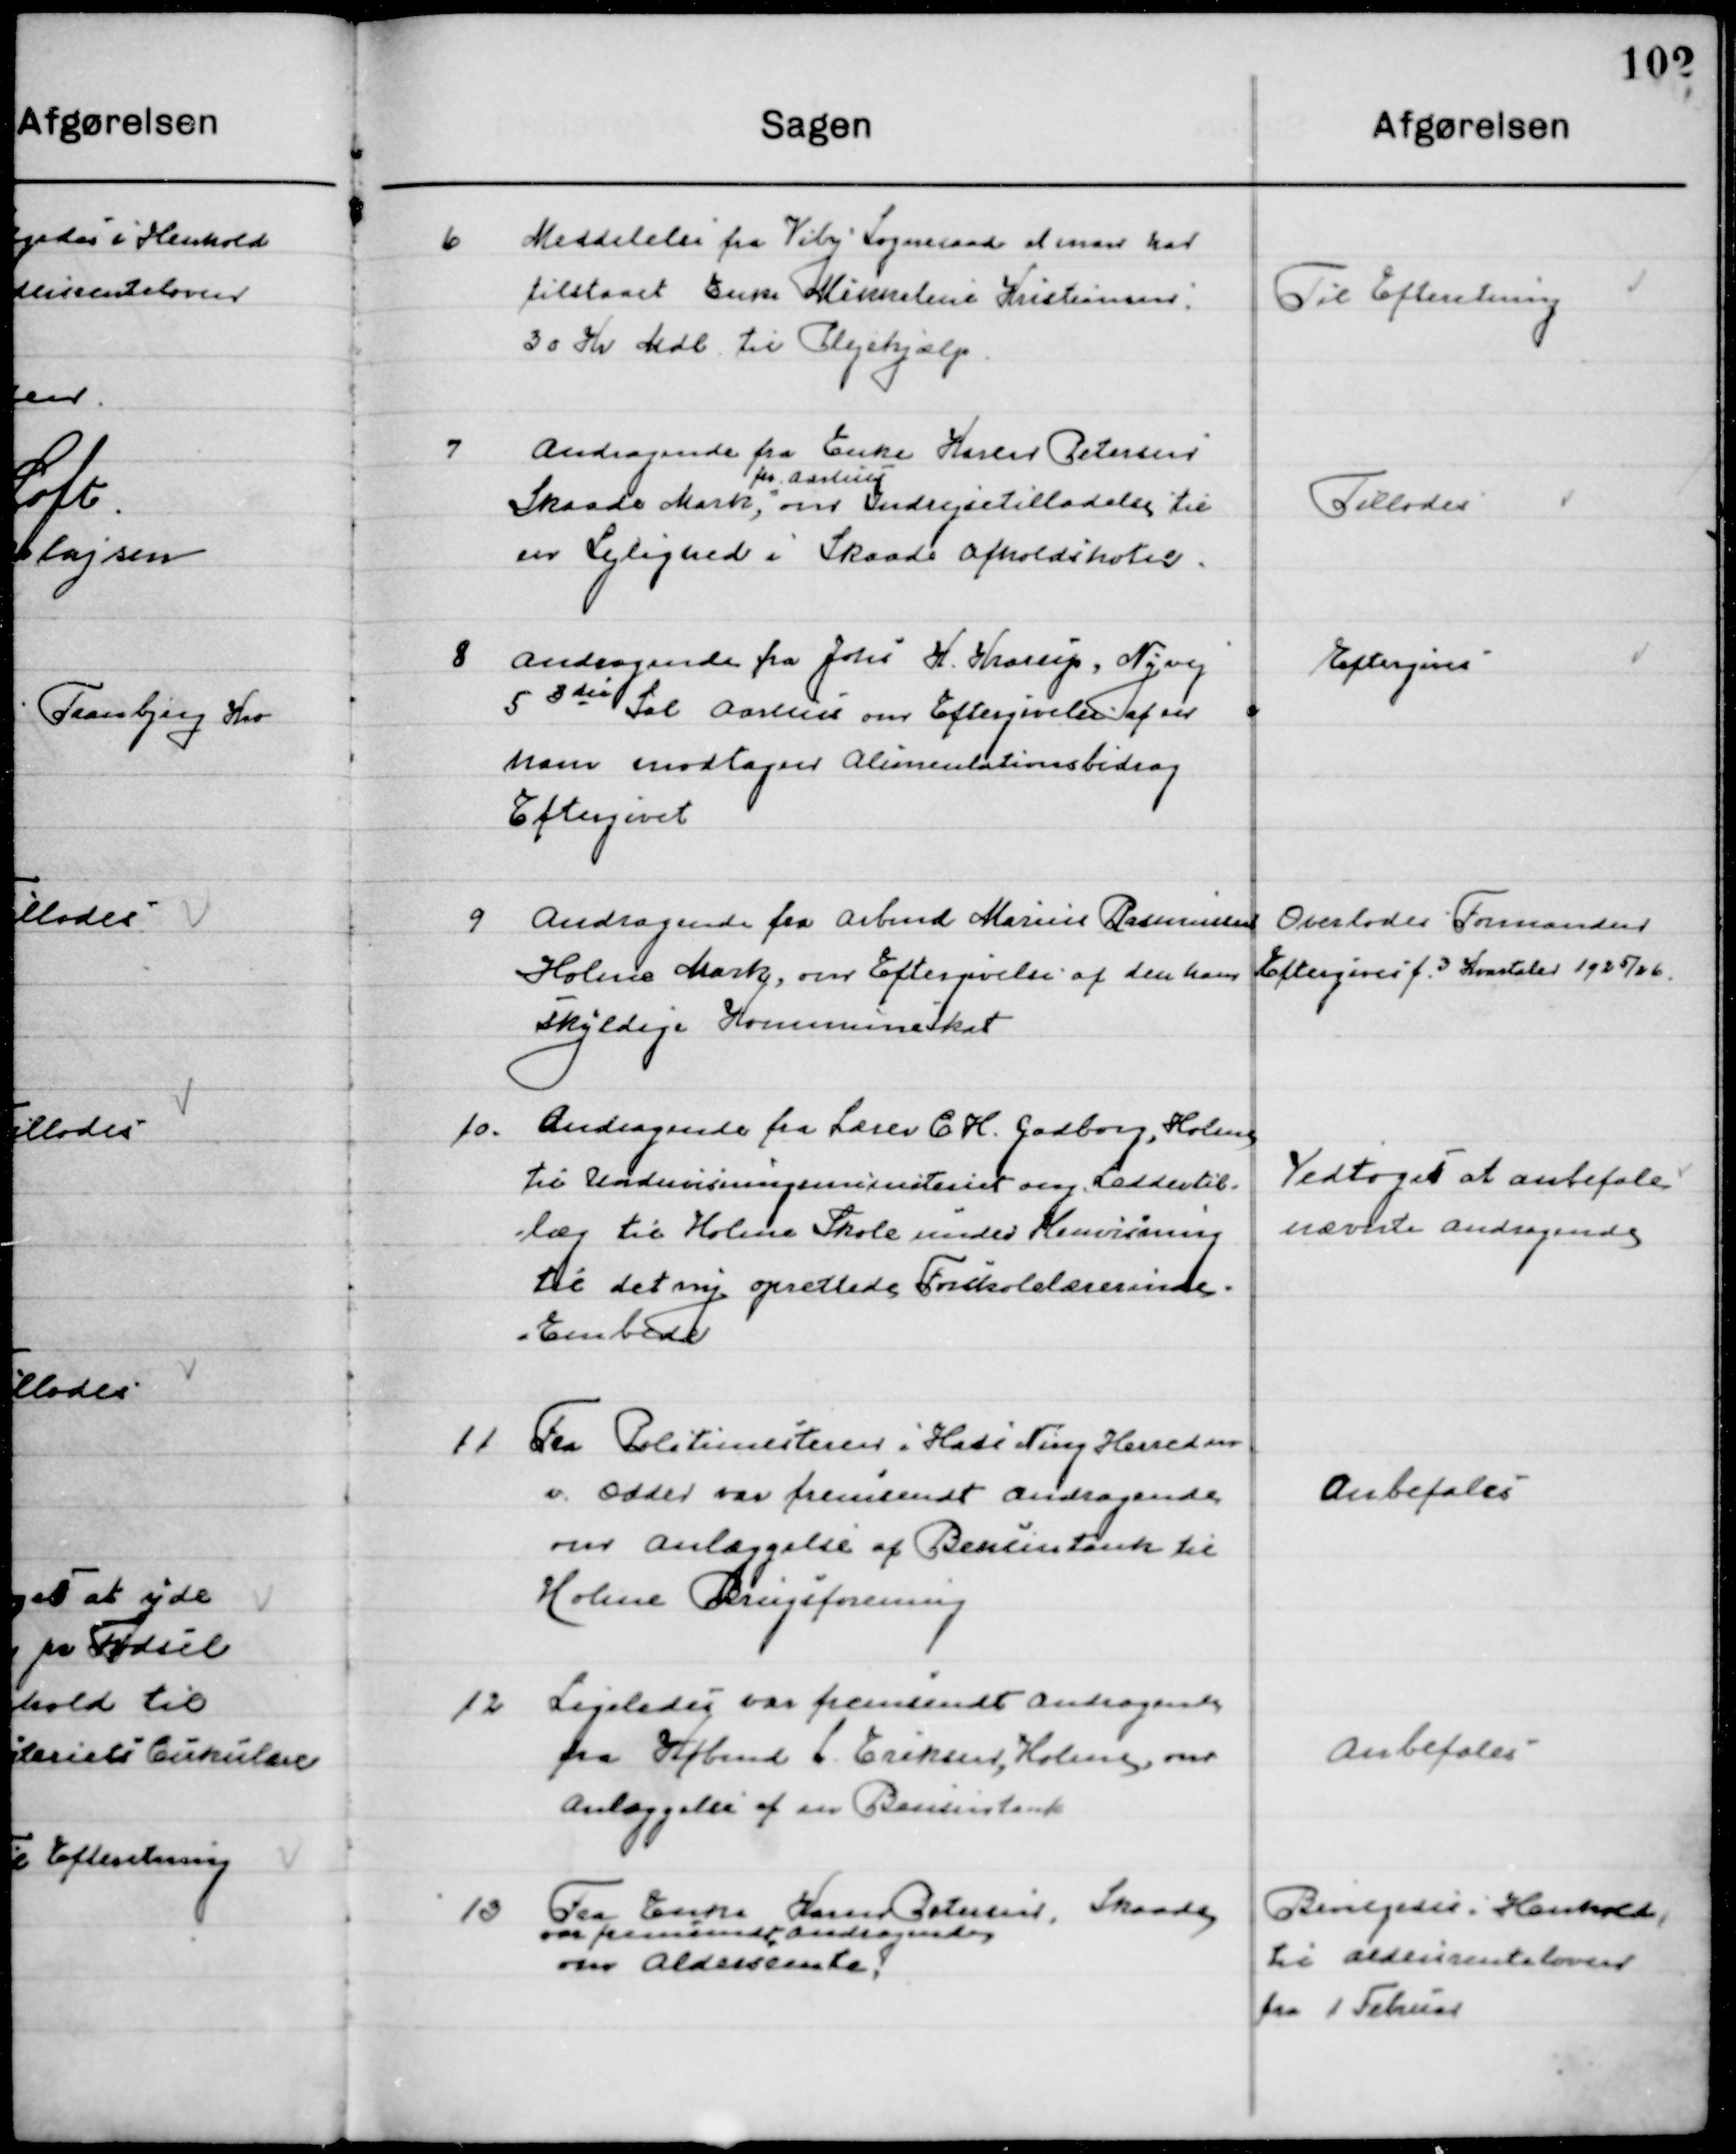
Transskription:
6

Meddelelse fra Viby Sogneraad at man har
tilstaaet Enke Mikkeline Kristiansen
30 Kr. Mdl. til Plejehjælp.

Til Efterretning

7

Andragende fra Enke Karen Petersen
Skaade Mark  
fra Aarhus
om Indrejsetilladelse til
en Lejlighed i Skaade Afholdshotel.

Tillodes

8

Andragende fra Johs. H. Kaarup, Nyvej
5 3die til Aarhus om Eftergivelse af en 
hans modtagen Alimentationsbidrag 
Eftergivet.

Eftergives

9

Andragende fra Arbmd. Marius Rasmussen
Holme Mark, om Eftergivelse af den hans 
Skyldige Kommuneskat.

Overlodes Formanden  
Eftergives f. 3 Kvartaler 1925/26

10

Andragende fra Lærer C. H. Godborg, Holme
til Undervisningsministeriet ang. Leddertil-
læg til Holme Skole under Henvisning 
til det ny oprettede Forskolelærerinde- 
Embedet.

Vedtoges at anbefale
Nævnte Andragende

11

Fra Politimesteren i Hads Ning Herreders
I Odder var fremsendt Andragende
om Anlæggelse af Benzintank til
Holme Brugsforening

Anbefales

12

Ligeledes var fremsendt Andragende
fra Købmand L. Eriksen, Holme, om
Anlæggelse af en Benzintank

Anbefales

13

Fra Enke Karen Petersen, Skaade
var fremsendt Andragende
om Aldersrente.

Bevilgedes i Henhold
til Aldersrenteloven
fra 1 Februar.